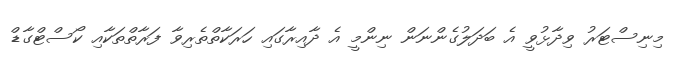
މިނިސްޓަރު ވިދާޅުވީ އެ ބަދަލުގެންނަން ނިންމީ އެ ދާއިރާގައި ހަރަކާތްތެރިވާ ފަރާތްތަކާއި ކޯސްޓްގާޑް